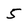
Character: 5